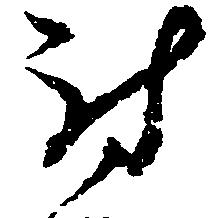
討